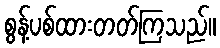
စွန့်ပစ်ထားတတ်ကြသည်။